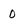
Character: O